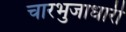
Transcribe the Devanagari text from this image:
चारभुजाधारी